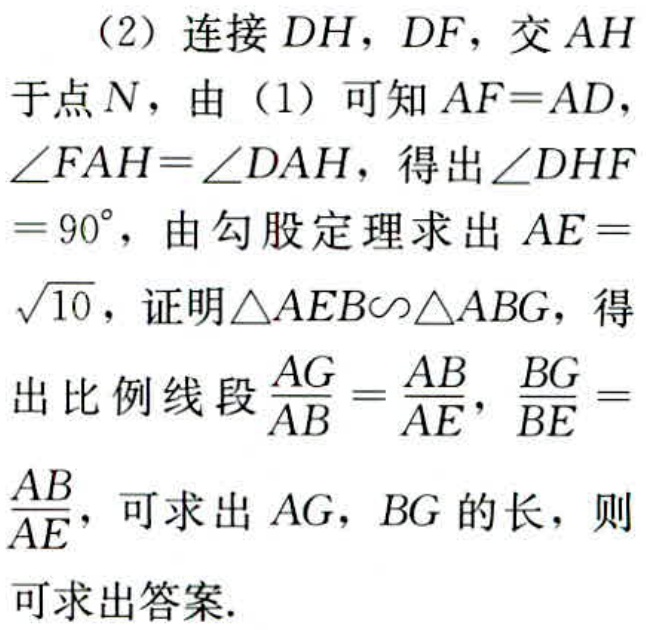
（2）连接 \(DH\)，\(DF\)，交 \(AH\) 于点 \(N\)，由（1）可知 \(AF = AD\)，\(\angle FAH=\angle DAH\)，得出 \(\angle DHF = 90^{\circ}\)，由勾股定理求出 \(AE=\sqrt{10}\)，证明 \(\triangle AEB\sim\triangle ABG\)，得出比例线段 \(\frac{AG}{AB}=\frac{AB}{AE}\)，\(\frac{BG}{BE}=\frac{AB}{AE}\)，可求出 \(AG\)，\(BG\) 的长，则可求出答案.